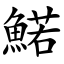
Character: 鰙